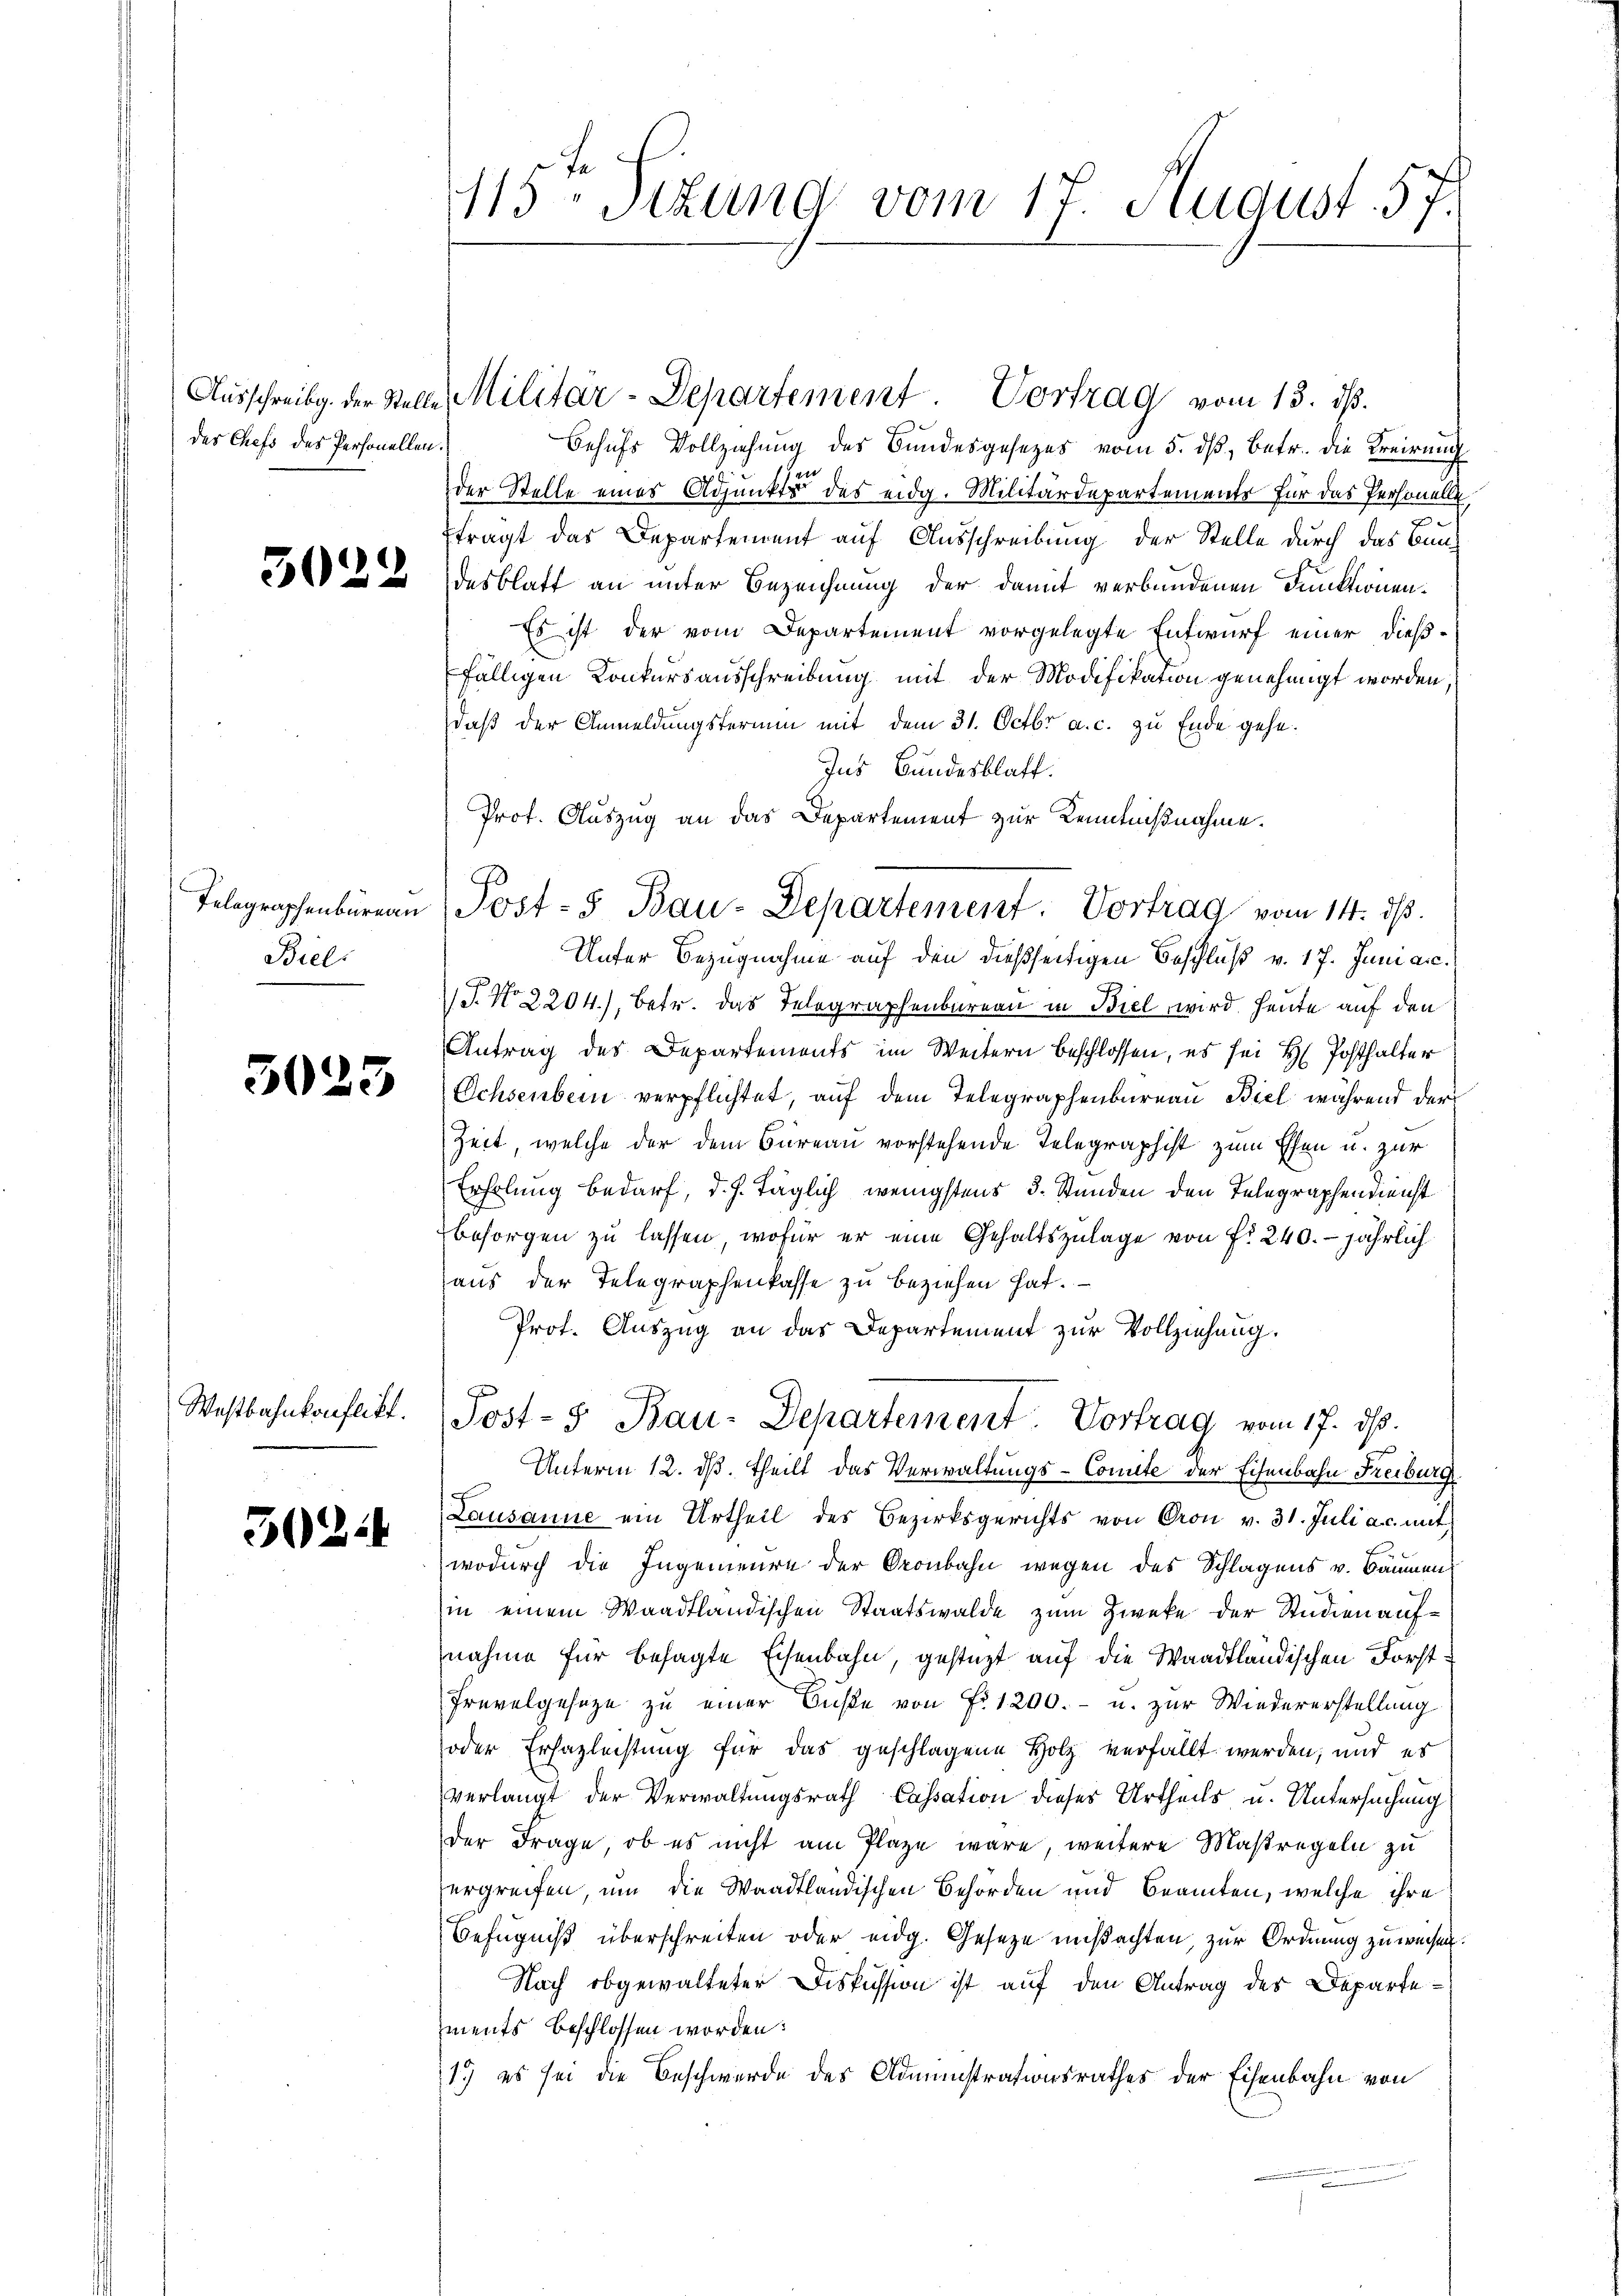
Ausschreibg. der Stelldes Chefs des Personellen

3024

Telegraphenbureau
Biel

5023

Westbahnkonflikt.

3024

113 Sizung vom 17. August. 57.

Behufs Vollziehung des Bundesgesezes vom 5. dβ, betr. die Kreisung
der Stelle eines Adjunkts des eidg. Militärdepartements für das Personelle
x
ftragt das Departement auf Ausschreibung der Stelle durch das Bundesblatt an unter Bezeichnung der damit verbundenen Funktionen¬
Es ist der vom Departement vorgelegte Entwurf einer dießfälligen Konkursausschreibung mit der Modifikation genehmigt worden,
daß der Anmeldungstermin mit dem 31. Octbr a. c. zu Ende gehe.
Ins Bundesblatt.
Unter Bezugnahme auf den dießseitigen Beschluß v. 17. Juni a.c.
J. No. 2204), betr. das Telegraphenbureau in Biel wird heute auf den
Antrag des Departements im Weitern beschlossen, es sei H. Posthalter
Ochsenbern verpflichtet, auf dem Telegraphenbureau Biel während der
Zeit, welche der dem Bureau vorstehende Telegraphist zum Essen u. zur
Erholung bedarf, d. h. Täglich wenigstens 3. Stunden den Telegraphendienst
Besorgen zu lassen, wofür er eine Gehaltszulage von Fr. 240. jährlich
aus der Telegraphenkasse zu beziehen hat.
Prot. Auszug an das Departement zur Vollziehung.
Post- & Bau-Departement Vortrag vom 17. ds.
Unterm 12. ds. theilt das Verwaltungs-Comite der Eisenbahn Freiburg
Lausanne ein Urtheil des Bezirksgerichts von Cron v. 31. Juli a. c. mit
wodurch die Ingenieure der Oronbahn wegen des Schlagens v. Baumen
sin einem Waadtländischen Staatswalde zum Zwecke der Studien aufnahme für besagte Eisenbahn, gestüzt auf die Waadtländischen Forst¬
Frevelgesetze zu einer Bŭβe von Fr. 1200.- u. zur Wiedererstellung
oder Erhazleistung für das geschlagene Holz verfällt werden, und es
verlangt der Verwaltungsrath Cassation dieses Urtheils u. Untersuchung
der Frage, ob es nicht am Plaze wäre, weitere Maßregeln zu
ergreifen, um die Waadtländischen Behörden und Beamten, welche ihre
Befugniß überschreiten oder eidg. Geseze mißachten, zur Ordnung zuweisen.
Nach obgewalteter Diskussion ist auf den Antrag des Departements beschlossen worden:
17 es sei die Beschwerde des Administrationsrathes der Eisenbahn von

Militar-Departement Vortrag vom 13. ds.

Prof. Auszug an das Departement zur Kenntnißnahme.
Post- u Bau-Departement. Vortrag vom 14. ds.